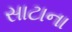
સાટાના